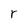
Character: r